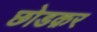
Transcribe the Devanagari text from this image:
छोडक़र